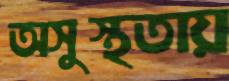
অসুস্থতায়